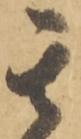
其